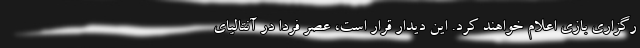
رگزاری بازی اعلام خواهند کرد. این دیدار قرار است، عصر فردا در آنتالیای